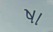
ષા